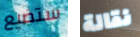
ستضيع نقالة